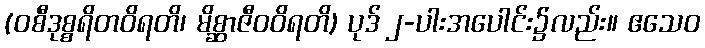
(ဝစီဒုစ္စရိတဝိရတိ၊ မိစ္ဆာဇီဝဝိရတိ) ပုဒ် ၂-ပါးအပေါင်း၌လည်း။ ဧသေဝ